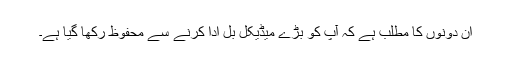
ان دونوں کا مطلب ہے کہ آپ کو بڑے میڈیکل بل ادا کرنے سے محفوظ رکھا گیا ہے۔